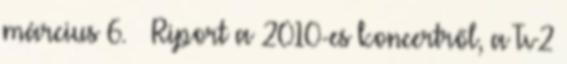
március 6. ↑ Riport a 2010-es koncertről, a Tv2